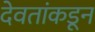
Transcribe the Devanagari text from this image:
देवतांकडून